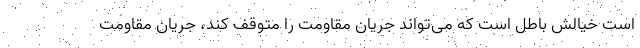
است خیالش باطل است که می‌تواند جریان مقاومت را متوقف کند، جریان مقاومت